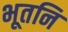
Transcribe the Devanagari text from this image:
भूतनि